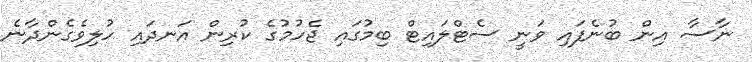
ނާސާ އިން ބުނެފައި ވަނީ ސެޓްލައިޓް ބިމުގައި ޖެހުމުގެ ކުރިން އަނދައި ހުލިވެގެންދާނެ